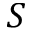
S